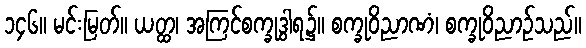
၁၄၆။ မင်းမြတ်။ ယတ္ထ၊ အကြင်စက္ခုဒွါရ၌။ စက္ခုဝိညာဏံ၊ စက္ခုဝိညာဉ်သည်။